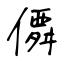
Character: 僲